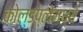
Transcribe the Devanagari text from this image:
कोल्डप्लेमध्ये